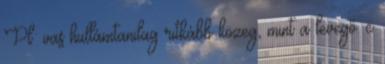
Pl: vas hullámtanilag ritkább közeg, mint a levegő. c